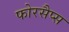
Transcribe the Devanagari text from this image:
फोरसैप्स